Civil Veterinary Department Bengal reports 1923-33 - 1923-1933
Year: 1923
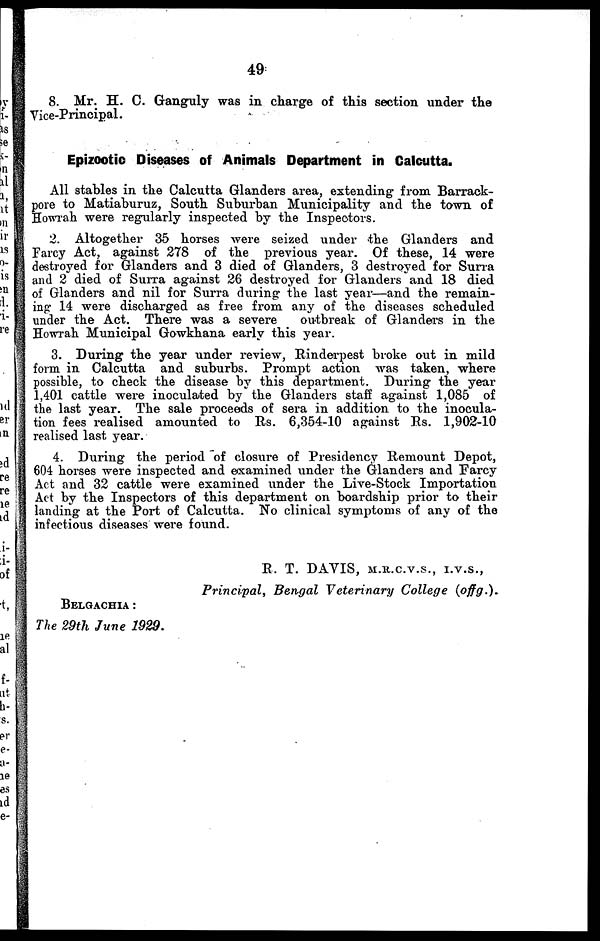
49
8. Mr. H. C. Ganguly was in charge of this section under the
Vice-Principal.
Epizootic Diseases of Animals Department in Calcutta.
All stables in the Calcutta Glanders area, extending from Barrack-
pore to Matiaburuz, South Suburban Municipality and the town of
Howrah were regularly inspected by the Inspectors.
2. Altogether 35 horses were seized under the Glanders and
Farcy Act, against 278 of the previous year. Of these, 14 were
destroyed for Glanders and 3 died of Glanders, 3 destroyed for Surra
and 2 died of Surra against 26 destroyed for Glanders and 18 died
of Glanders and nil for Surra during the last year—and the remain-
ing 14 were discharged as free from any of the diseases scheduled
under the Act. There was a severe
outbreak of Glanders in the
Howrah Municipal Gowkhana early this year.
3. During the year under review, Rinderpest broke out in mild
form in Calcutta and suburbs. Prompt action was taken, where
possible, to check the disease by this department. During the year
1,401 cattle were inoculated by the Glanders staff against 1,085 of
the last year. The sale proceeds of sera in addition to the inocula-
tion fees realised amounted to Rs. 6,354-10 against Rs. 1,902-10
realised last year.
4. During the period of closure of Presidency Remount Depot,
604 horses were inspected and examined under the Glanders and Farcy
Act and 32 cattle were examined under the Live-Stock Importation
Act by the Inspectors of this department on boardship prior to their
landing at the Port of Calcutta. No clinical symptoms of any of the
infectious diseases were found.
R. T. DAVIS, M.R.C.V.S., I.V.S.,
Principal, Bengal Veterinary College (offg.).
BELGACHIA :
The 29th June 1929.